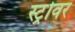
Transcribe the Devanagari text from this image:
स्ट्रोवर